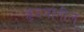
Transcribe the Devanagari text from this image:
हृदयांतील